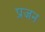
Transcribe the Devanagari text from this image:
प्रजन